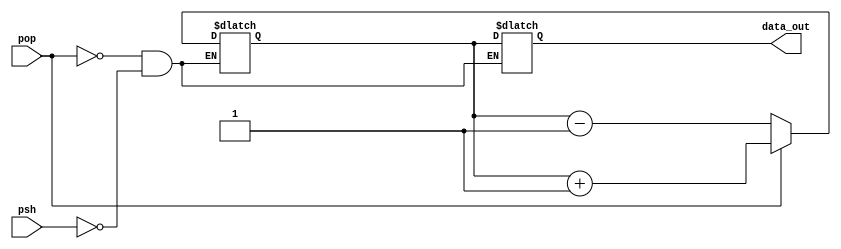
`timescale 1ns / 1ps

module Stack_Pointer(
  input pop, psh,
  output reg [15:0] data_out
  );
 
 //adresa unde dam push si pop
 reg [15:0] SP;
 
 initial begin
   SP <= 16'd399; 
 end
 
 always @ (*) begin
  if(psh == 1'b1) begin
     SP <= SP - 1;
     data_out <= SP;
  end
  
  if(pop) begin
    data_out <= SP;
    SP <= SP + 1;  
  end
 end
 
 
endmodule